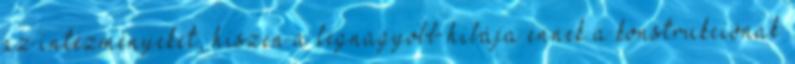
az intézményeket, hiszen a legnagyobb hibája ennek a konstrukciónak